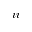
\romannumeral 2